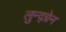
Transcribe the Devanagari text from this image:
लुन्द्ग्रेन